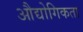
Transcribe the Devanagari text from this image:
औद्योगिकता